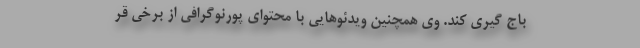
باج گیری کند. وی همچنین ویدئوهایی با محتوای پورنوگرافی از برخی قر